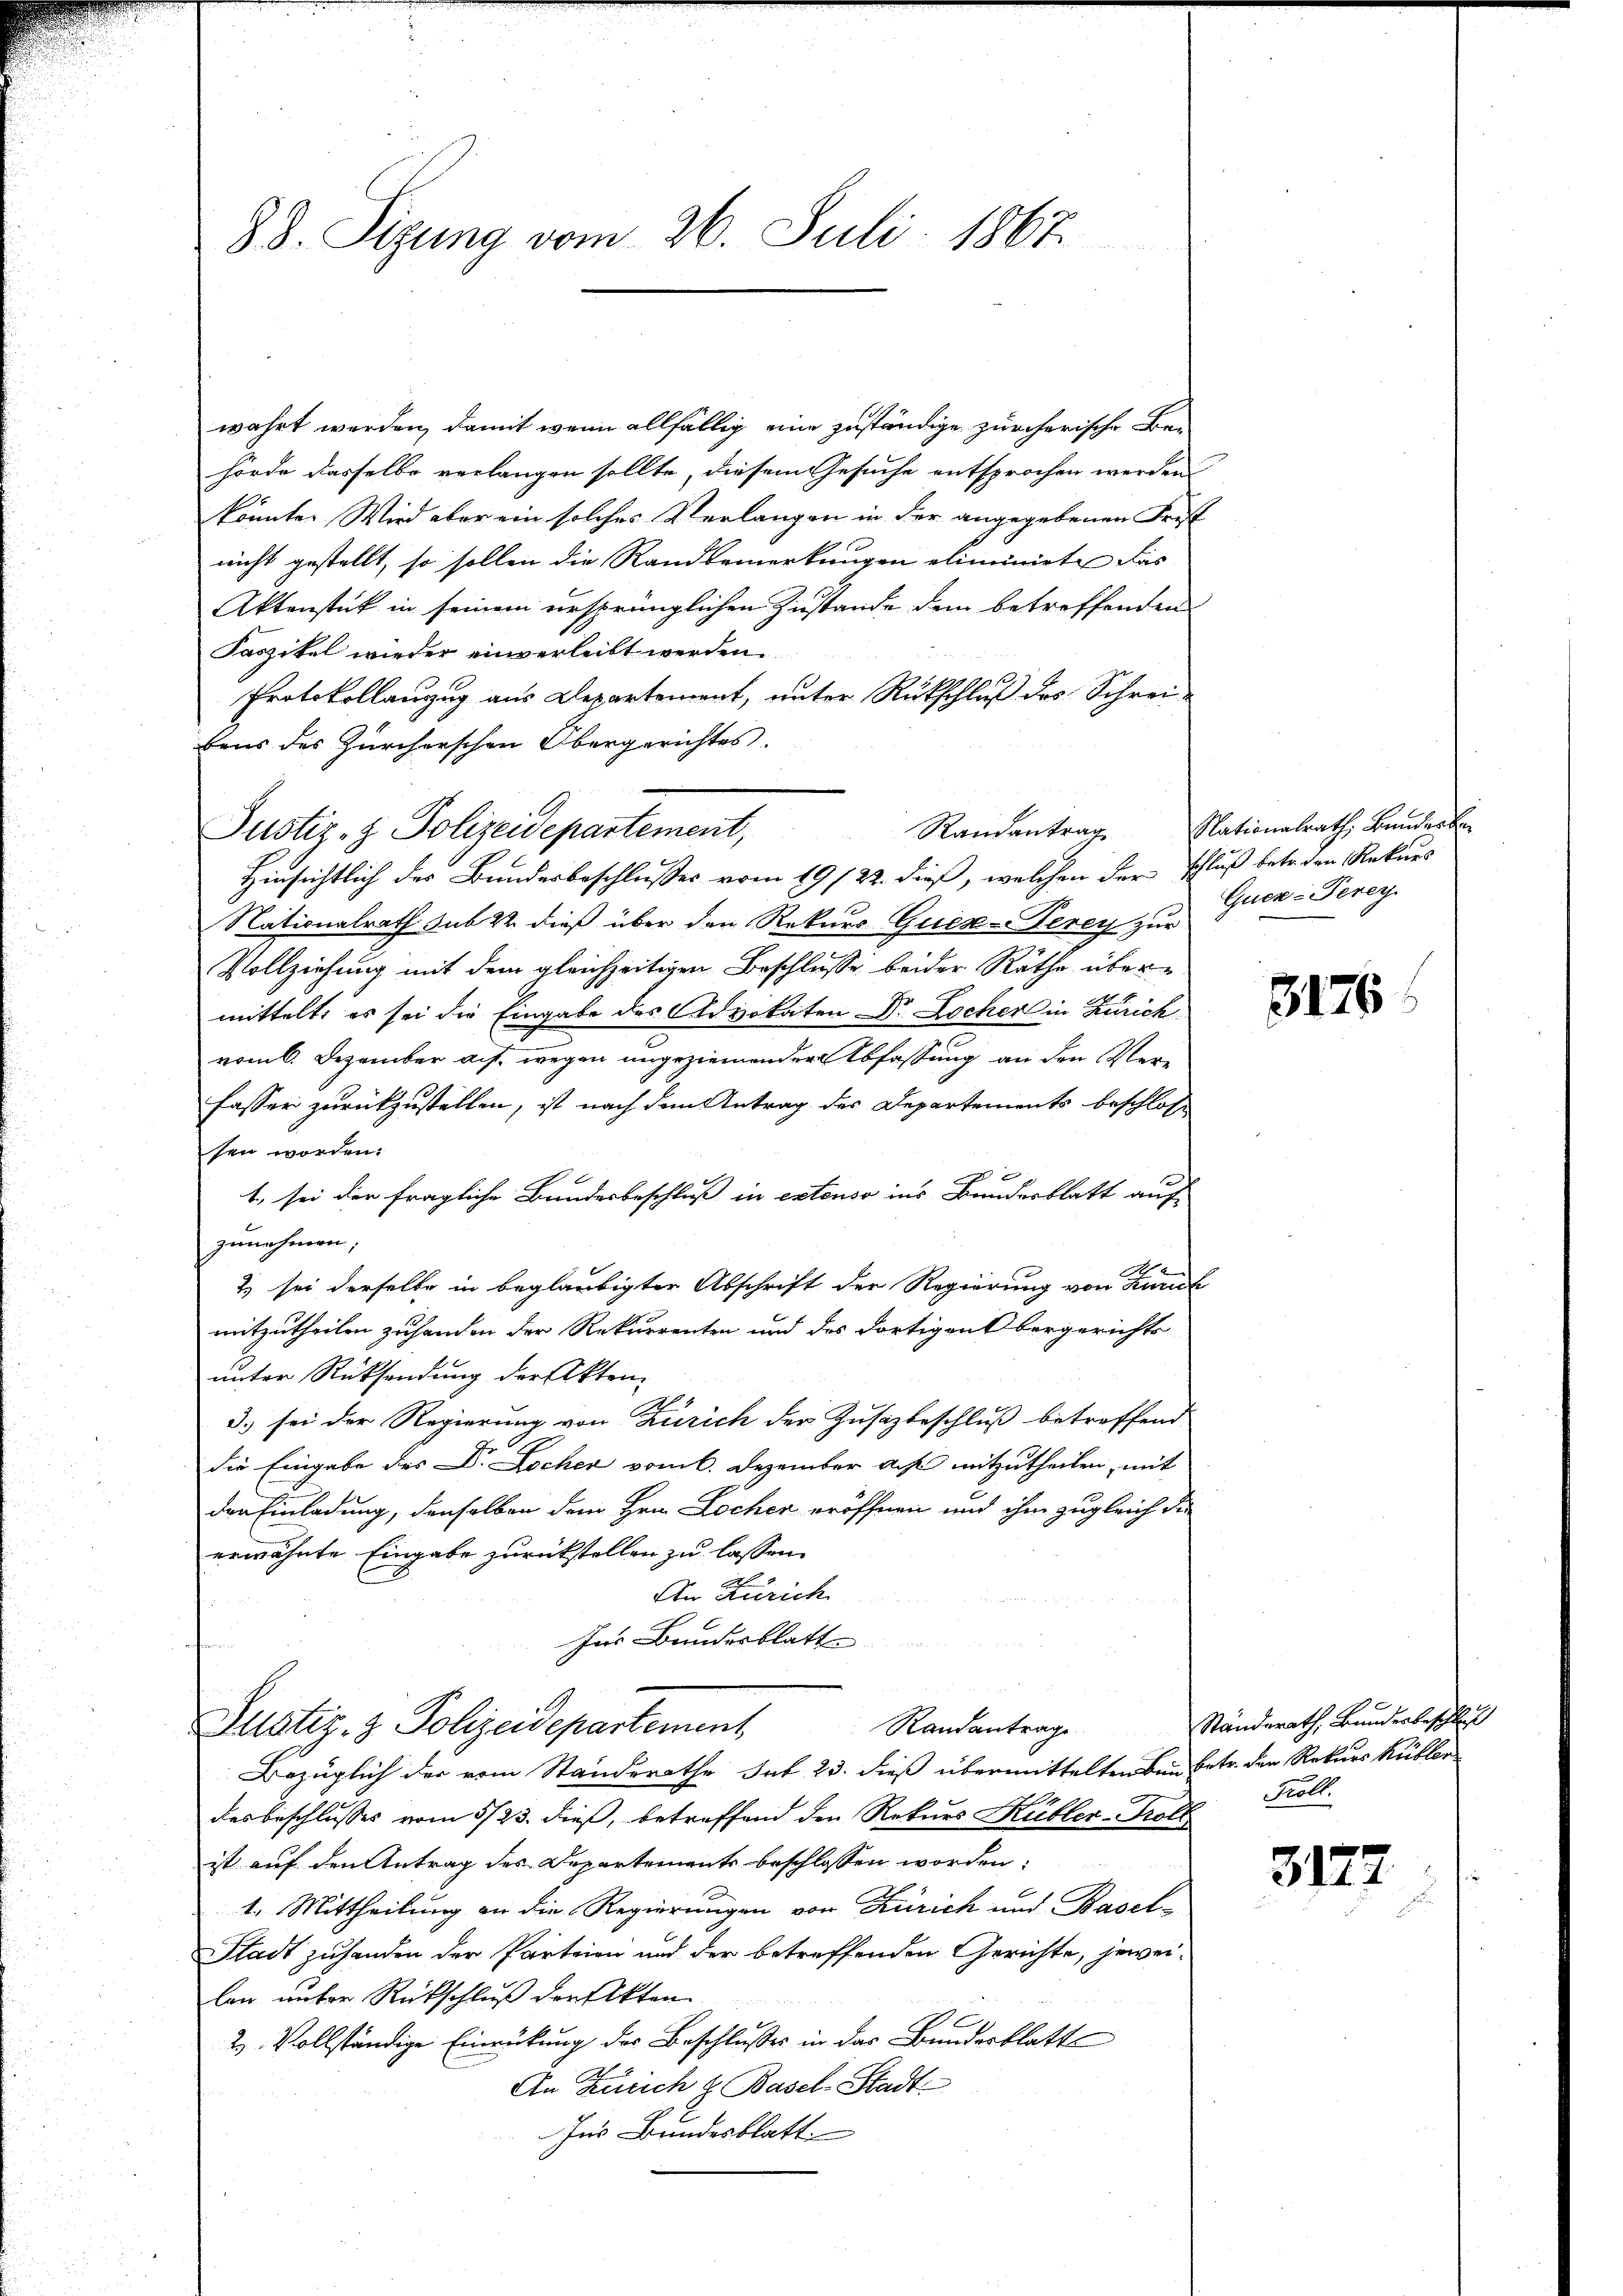
88. Sizung vom 26. Juli 1867.

wahrt werden, damit wenn allfällig eine zuständige zürcherische Behörde dasselbe verlangen sollte, diesem Gesuche entsprochen werden
könnte. Wird aber ein solches Verlangen in der angegebenen Frest
nicht gestellt, so sollen die Rand bemerkungen eliminirte das
Aktenstück in seinem ursprünglichen Zustande dem betreffenden
Faszikel wieder einverleibt werden.
Protokollanzug aus Departement, unter Rückschluß des Schreibaus des Zürcherschen Obergerichtes.
Hinsichtlich des Bundesbeschlusses vom 19/22. dieß, welchen der Schluß betr. den Rekurs
Nationalrath sub 22. dieß über den Rekurs Ques-Ferey zur
Vollziehung mit dem gleichzeitigen Beschlusse beider Rathe übermittelt, es sei die Eingabe des Advokaten Dr Locher in Zürich
vom 6. Dezember auf wegen ungeziemender Abfassung an den Verfasser zurückzustellen, ist nach dem Antrag des Departements beschlosse
sen worden.
1., sei der fragliche Bundesbeschluß in extenso ins Bruderblatt auf
zunehmen;
x
2) sei derselbe in beglaubigter Abschrift der Regierung von Kurich
mitzutheilen zuhanden der Rekurrenten und des dortigen Obergerichts
unter Rücksendung der Akten.
3.) sei der Regierung von Zürich der Zusazbeschluß betreffend
die Eingabe des Dr Lochen vom 6. Dezember aus mitzutheilen, mit
den Einladung, denselben dem Hrn. Locher eröffnen und ihm zugleich die
erwähnte Eingabe zurückstellen zu lassen.
An Zürich
Ins Bundesblatte
Justiz- & Polizeidepartement
Randantrage
Bezüglich der vom Standerathe sub 23. dieß übermittelten Bei betr. der Rekurs Rübler
desbeschlusses vom 5/23. dieß, betreffend den Rekurs Kübler-Troll
ist auf den Antrag des Departements beschlossen worden:
1. Mittheilung an die Regierungen von Zürich und Basel-
Stadt zuhanden der Parteien und der betreffenden Gerichte, jeweilon unter Rückschluß der Akten
2. Vollständige Einrückung des Beschlußes in das Bundesblatte
An Zürich & Basel-Stadt
Ins Bundesblatt.

Justiz- & Polizeidepartement,

Randantrag

Nationalrath, Bunderber
Quer-Terey

3176

Ständerath, Bunderbeschluß
Köll

3122